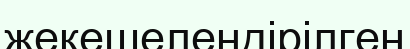
жекешелендірілген